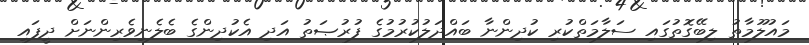
މައުލޫމާތު ލިބޭގޮތުގައި ސަލާމަތްކުރި ކުދިންނާ ބައްދަލުކުރުމުގެ ފުރުޞަތު އަދި އެކުދިންގެ ބެލެނިވެރިންނަށް ދީފައި